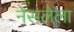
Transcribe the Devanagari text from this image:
नेसलेला